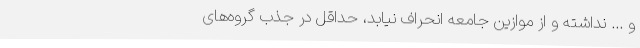
و ... نداشته و از موازین جامعه انحراف نیابد، حداقل در جذب گروه‌های